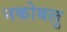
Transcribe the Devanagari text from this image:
नकोबलु